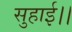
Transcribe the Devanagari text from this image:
सुहाई।।